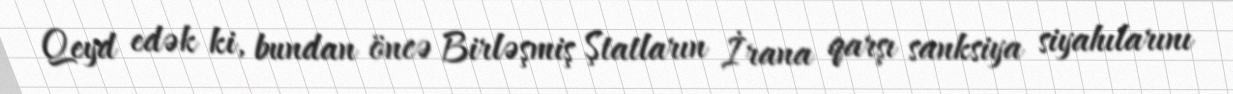
Qeyd edək ki, bundan öncə Birləşmiş Ştatların İrana qarşı sanksiya siyahılarını